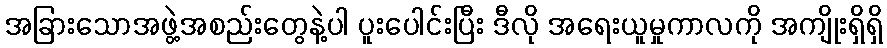
အခြားသောအဖွဲ့အစည်းတွေနဲ့ပါ ပူးပေါင်းပြီး ဒီလို အရေးယူမှုကာလကို အကျိုးရှိရှိ